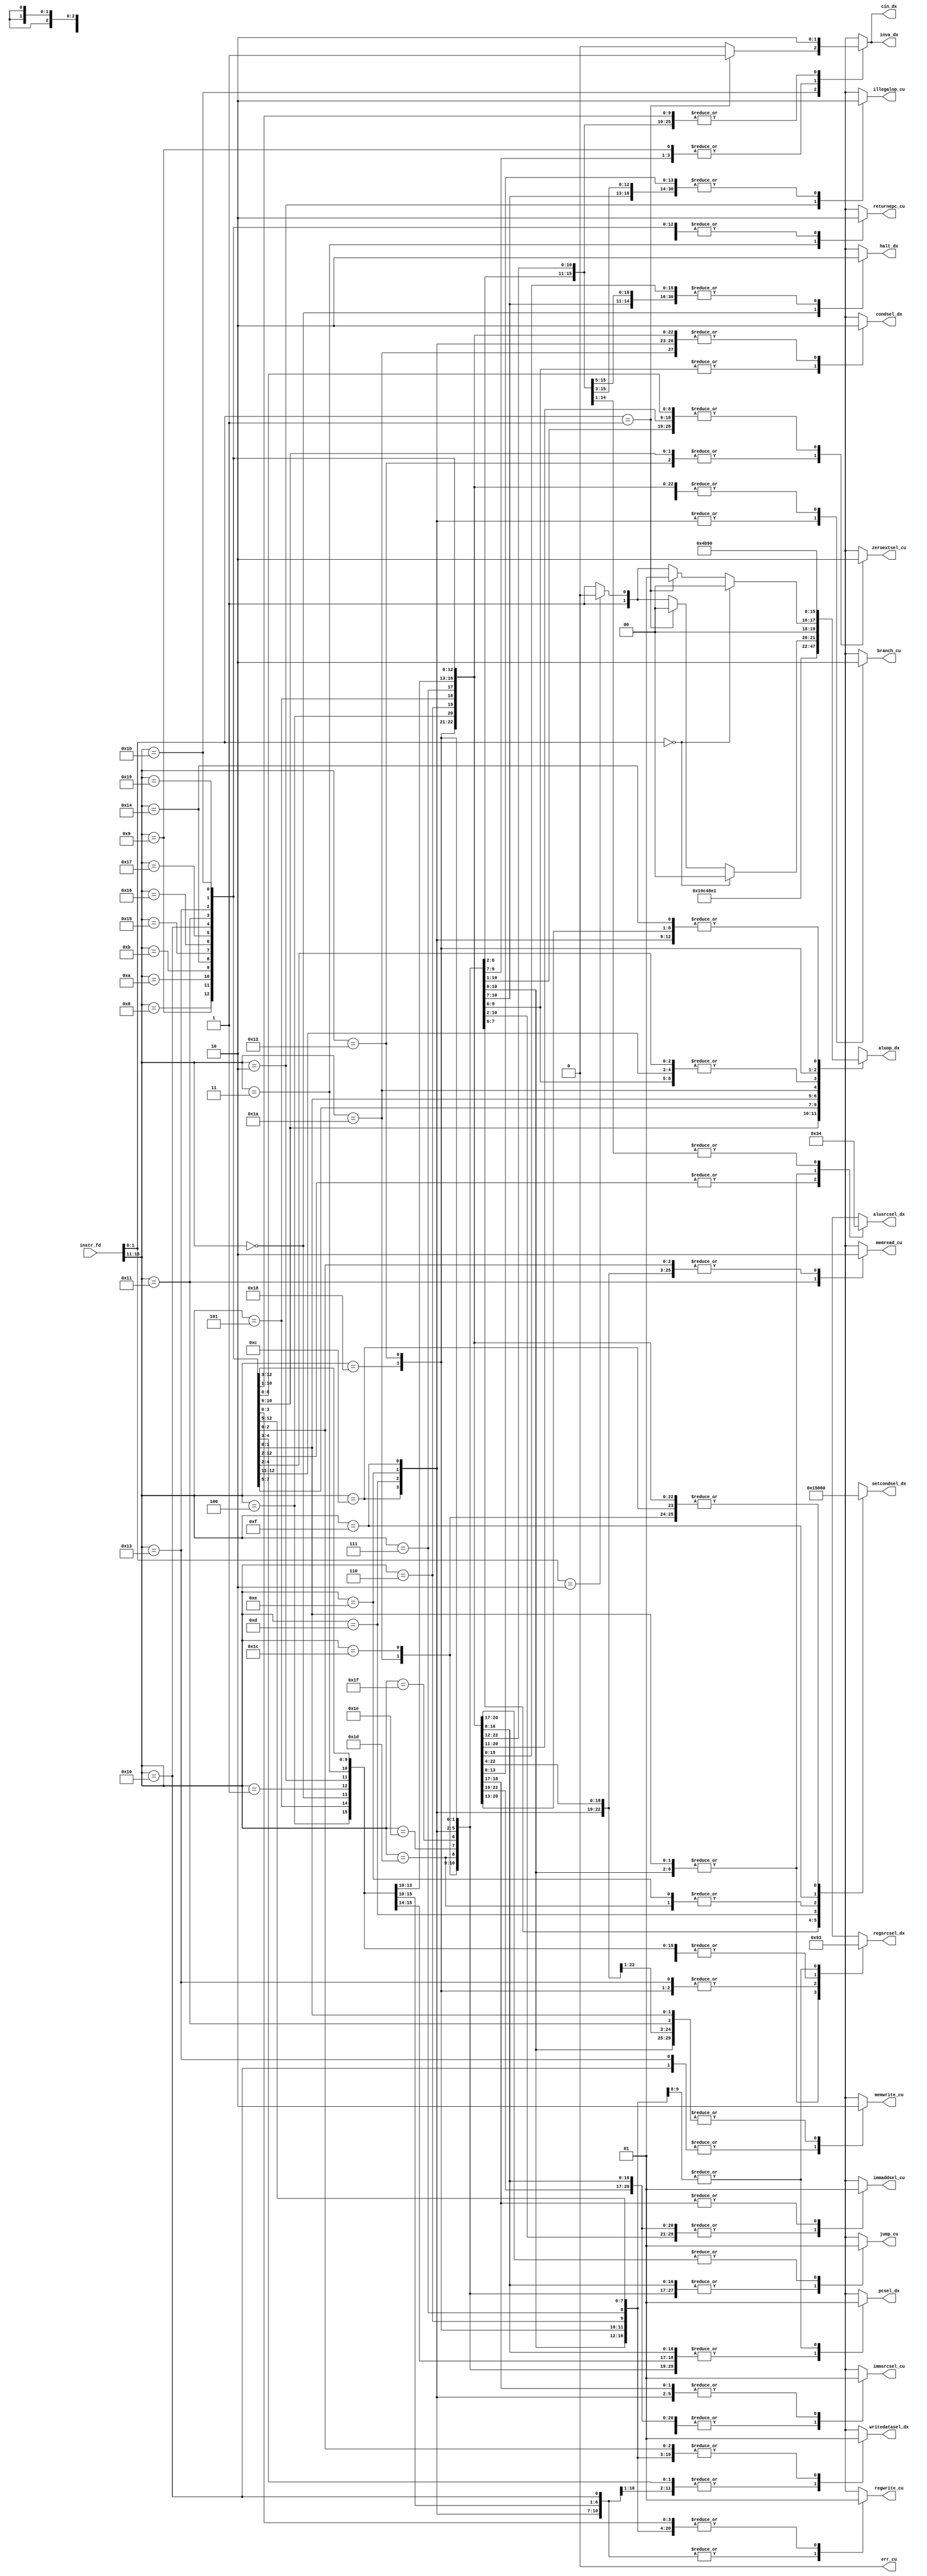
module cu (
input [15:0] instr_fd,
// outputs to execute
output reg illegalop_cu,
output reg returnepc_cu,
output reg halt_dx,
output reg [2:0] setcondsel_dx,
output reg writedatasel_dx,
output reg [3:0] aluop_dx,
output reg cin_dx,
output reg inva_dx,
output reg memread_cu,
output reg memwrite_cu,
output reg [1:0] regsrcsel_dx,
output reg branch_cu,
output reg jump_cu,
output reg zeroextsel_cu,
output reg regwrite_cu,
output reg [1:0] alusrcsel_dx,
output reg immsrcsel_cu,
output reg immaddsel_cu,
output reg pcsel_dx,
output reg condsel_dx,
// error output
output reg err_cu
);

wire [4:0] opcode;
wire [1:0] func;

assign opcode = instr_fd[15:11];
assign func = instr_fd[1:0];

always @(*) begin
   // default output values
   illegalop_cu = 1'b0;
   returnepc_cu = 1'b0;
   halt_dx = 1'b0;
   memread_cu = 1'b0;
   memwrite_cu = 1'b0;   
   writedatasel_dx = 1'b0;
   regsrcsel_dx = 2'b00;
   aluop_dx = 4'b0000;
   alusrcsel_dx = 2'b00;
   cin_dx = 1'b0;
   inva_dx = 1'b0;
   condsel_dx = 1'b0;
   pcsel_dx = 1'b0;
   setcondsel_dx = 3'b000;
   branch_cu = 1'b0;
   jump_cu = 1'b0;
   immsrcsel_cu = 1'b0;
   immaddsel_cu = 1'b0;
   regwrite_cu = 1'b0;
   zeroextsel_cu = 1'b0;
   err_cu = 1'b0;
   case(opcode)
      // halt
      5'b00000 : begin
         halt_dx = 1'b1;
      end
      // nop
      5'b00001 : begin
      end
      // siic
      5'b00010 : begin
         illegalop_cu = 1'b1;
      end
      // nop/rti
      5'b00011 : begin
         returnepc_cu = 1'b1;
      end
      // addi
      5'b01000 : begin
         regwrite_cu = 1'b1;
         writedatasel_dx = 1'b1;
         aluop_dx = 4'b0100;
         alusrcsel_dx = 2'b11;
      end
      // subi
      5'b01001 : begin
         regwrite_cu = 1'b1;
         writedatasel_dx = 1'b1;
         aluop_dx = 4'b0100;
         alusrcsel_dx = 2'b11;
         inva_dx = 1'b1;
         cin_dx = 1'b1;
      end
      // xori
      5'b01010 : begin
         regwrite_cu = 1'b1;
         writedatasel_dx = 1'b1;
         aluop_dx = 4'b0110;
         alusrcsel_dx = 2'b11;
         zeroextsel_cu = 1'b1;
      end
      // andni
      5'b01011 : begin
         regwrite_cu = 1'b1;
         writedatasel_dx = 1'b1;
         aluop_dx = 4'b0111;
         alusrcsel_dx = 2'b11;
         zeroextsel_cu = 1'b1;
      end
      // roli
      5'b10100 : begin
         regwrite_cu = 1'b1;
         writedatasel_dx = 1'b1;
         aluop_dx = 4'b0000;
         alusrcsel_dx = 2'b11;
      end
      // slli
      5'b10101 : begin
         regwrite_cu = 1'b1;
         writedatasel_dx = 1'b1;
         aluop_dx = 4'b0001;
         alusrcsel_dx = 2'b11;
      end
      // rori
      5'b10110 : begin
         regwrite_cu = 1'b1;
         writedatasel_dx = 1'b1;
         aluop_dx = 4'b0010;
         alusrcsel_dx = 2'b11;
      end
      // srli
      5'b10111 : begin
         regwrite_cu = 1'b1;
         writedatasel_dx = 1'b1;
         aluop_dx = 4'b0011;
         alusrcsel_dx = 2'b11;
      end
      // st
      5'b10000 : begin
         aluop_dx = 4'b0100;
         alusrcsel_dx = 2'b11;
         memwrite_cu = 1'b1;
      end
      // ld
      5'b10001 : begin
         regwrite_cu = 1'b1;
         aluop_dx = 4'b0100;
         alusrcsel_dx = 2'b11;
         memread_cu = 1'b1;
      end
      // stu
      5'b10011 : begin
         regwrite_cu = 1'b1;
         writedatasel_dx = 1'b1;
         aluop_dx = 4'b0100;
         alusrcsel_dx = 2'b11;
         memwrite_cu = 1'b1;
         regsrcsel_dx = 2'b01;
      end
      // btr
      5'b11001 : begin
         regwrite_cu = 1'b1;
         writedatasel_dx = 1'b1;
         aluop_dx = 4'b1000;
         alusrcsel_dx = 2'b01;
         regsrcsel_dx = 2'b10;
       end
       // add, sub, xor, andn
       5'b11011 : begin
         regwrite_cu = 1'b1;
         writedatasel_dx = 1'b1;
         aluop_dx = (func == 2'b00) ? 4'b0100 :
                    (func == 2'b01) ? 4'b0100 :
                    (func == 2'b10) ? 4'b0110 :
                    4'b0111;
         cin_dx = (func == 2'b01) ? 1'b1 : 1'b0;
         inva_dx = (func == 2'b01) ? 1'b1 : 1'b0;
         alusrcsel_dx = 2'b01;
         regsrcsel_dx = 2'b10;
      end
      // rol, sll, ror, srl
      5'b11010 : begin
         regwrite_cu = 1'b1;
         writedatasel_dx = 1'b1;
         aluop_dx = (func == 2'b00) ? 4'b0000 :
                    (func == 2'b01) ? 4'b0001 :
                    (func == 2'b10) ? 4'b0010 :
                    4'b0011;
         alusrcsel_dx = 2'b01;
         regsrcsel_dx = 2'b10;
      end
      // seq
      5'b11100 : begin
         regwrite_cu = 1'b1;
         writedatasel_dx = 1'b1;
         aluop_dx = 4'b0100;
         alusrcsel_dx = 2'b01;
         cin_dx = 1'b1;
         inva_dx = 1'b1;
         setcondsel_dx = 3'b000;
         condsel_dx = 1'b1;
         regsrcsel_dx = 2'b10;
      end
      // slt
      5'b11101 : begin
         regwrite_cu = 1'b1;
         writedatasel_dx = 1'b1;
         aluop_dx = 4'b0100;
         alusrcsel_dx = 2'b01;
         cin_dx = 1'b1;
         inva_dx = 1'b1;
         setcondsel_dx = 3'b001;
         condsel_dx = 1'b1;
         regsrcsel_dx = 2'b10;
      end
      // sle
      5'b11110 : begin
         regwrite_cu = 1'b1;
         writedatasel_dx = 1'b1;
         aluop_dx = 4'b0100;
         alusrcsel_dx = 2'b01;
         cin_dx = 1'b1;
         inva_dx = 1'b1;
         setcondsel_dx = 3'b010;
         condsel_dx = 1'b1;
         regsrcsel_dx = 2'b10;
      end
      // sco
      5'b11111 : begin
         regwrite_cu = 1'b1;
         writedatasel_dx = 1'b1;
         aluop_dx = 4'b0100;
         alusrcsel_dx = 2'b01;
         setcondsel_dx = 3'b101;
         condsel_dx = 1'b1;
         regsrcsel_dx = 2'b10;
      end
      // beqz
      5'b01100 : begin
         setcondsel_dx = 3'b000;
         branch_cu = 1'b1;
         immsrcsel_cu = 1'b1;      
      end
      // bnez
      5'b01101 : begin
         setcondsel_dx = 3'b011;
         branch_cu = 1'b1;
         immsrcsel_cu = 1'b1;
      end
      // bltz
      5'b01110 : begin
         setcondsel_dx = 3'b001;
         branch_cu = 1'b1;
         immsrcsel_cu = 1'b1;
      end
      // bgez
      5'b01111 : begin
         setcondsel_dx = 3'b100;
         branch_cu = 1'b1;
         immsrcsel_cu = 1'b1;
      end
      // lbi
      5'b11000 : begin
         regwrite_cu = 1'b1;
         writedatasel_dx = 1'b1;
         alusrcsel_dx = 2'b00;
         aluop_dx = 4'b1011;
         regsrcsel_dx = 2'b01;
      end
      // slbi
      5'b10010 : begin
         regwrite_cu = 1'b1;
         zeroextsel_cu = 1'b1;
         writedatasel_dx = 1'b1;
         alusrcsel_dx = 2'b00;
         aluop_dx = 4'b1001;
         regsrcsel_dx = 2'b01;
      end
      // j
      5'b00100 : begin
         jump_cu = 1'b1;
      end
      // jal
      5'b00110 : begin
         regwrite_cu = 1'b1;
         writedatasel_dx = 1'b1;
         regsrcsel_dx = 2'b11;
         jump_cu = 1'b1;
         pcsel_dx = 1'b1;
      end
      // jr
      5'b00101 : begin
         jump_cu = 1'b1;
         immsrcsel_cu = 1'b1;
         immaddsel_cu = 1'b1;
      end
      // jalr
      5'b00111 : begin
         regwrite_cu = 1'b1;
         writedatasel_dx = 1'b1;
         jump_cu = 1'b1; 
         regsrcsel_dx = 2'b11;
         immsrcsel_cu = 1'b1;
         immaddsel_cu = 1'b1;
         pcsel_dx = 1'b1;
      end
      default : begin
         // err_cu = 1'b1;
      end
   endcase
 
end

endmodule